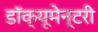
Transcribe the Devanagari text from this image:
डॉक्यूमेन्टरी